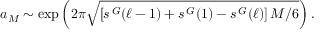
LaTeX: a _ { M } \sim \exp \left( 2 \pi \sqrt { \left[ s ^ { \, \cal G } ( \ell - 1 ) + s ^ { \, \cal G } ( 1 ) - s ^ { \, \cal G } ( \ell ) \right] M / 6 } \right) .